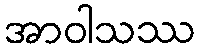
အာဝါသဿ